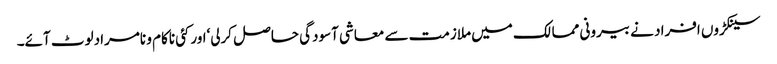
سینکڑوں افراد نے بیرونی ممالک میں ملازمت سے معاشی آسودگی حاصل کرلی‘اورکئی ناکام و نامرادلوٹ آئے۔